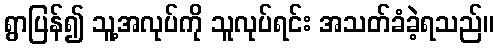
ရွာပြန်၍ သူ့အလုပ်ကို သူလုပ်ရင်း အသတ်ခံခဲ့ရသည်။